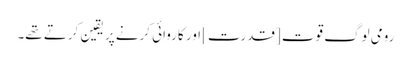
رومی لوگ قوت [قدرت] اور کاروائی کرنے پر یقین کرتے تھے۔